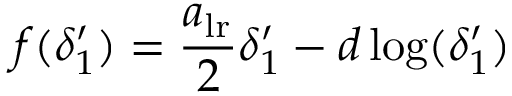
f ( \delta _ { 1 } ^ { \prime } ) = \frac { a _ { \mathrm { l r } } } { 2 } \delta _ { 1 } ^ { \prime } - d \log ( \delta _ { 1 } ^ { \prime } )